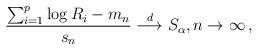
LaTeX: \begin{align*}\frac{\sum_{i=1}^p\log R_i- m_n}{s_n} \overset{d}{\longrightarrow} S_\alpha,n\to\infty\,,\end{align*}